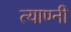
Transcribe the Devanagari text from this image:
त्याण्नी